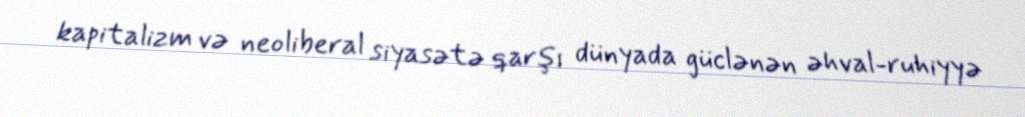
kapitalizm və neoliberal siyasətə qarşı dünyada güclənən əhval-ruhiyyə